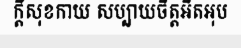
ក្តីសុខកាយ សប្បាយចិត្តអិតអុប